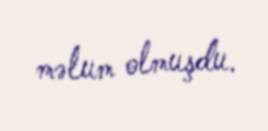
məlum olmuşdu.